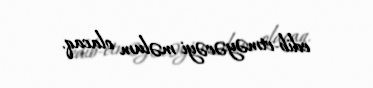
edib-etməyəcəyi məlum olacaq.